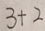
3 + 2